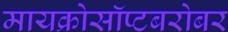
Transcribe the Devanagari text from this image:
मायक्रोसॉप्टबरोबर